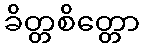
ခိတ္တစိတ္တော